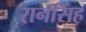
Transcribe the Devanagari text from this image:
रानसिंह